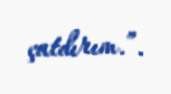
çatdırım.”.